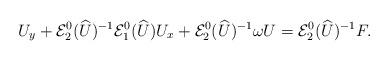
LaTeX: \begin{align*} U_y + \mathcal{E}_2^0(\widehat U)^{-1}\mathcal{E}_1^0(\widehat U) U_x + \mathcal{E}_2^0(\widehat U)^{-1} \omega U = \mathcal{E}_2^0(\widehat U)^{-1}F.\end{align*}